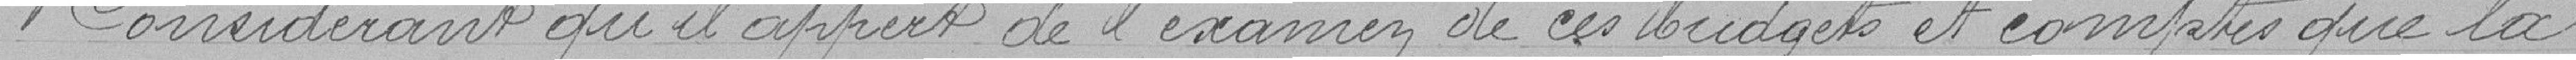
Considérant qu'il appert de l'examen de ces budgets et comptes que la